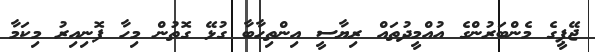
ޖޭޕީގެ މެންބަރުންގެ އުއްމީދުތައް ރިޔާސީ އިންތިހާބާ ގުޅޭ ގޮތުން މިހާ ފޮނިއިރު މިކަމާ